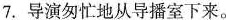
7.导演匆忙地从导播室下来。